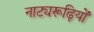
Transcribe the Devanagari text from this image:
नाट्यरूढ़ियों